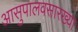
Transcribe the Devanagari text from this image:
आसुपालवसारख्या